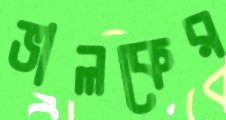
ভালকের